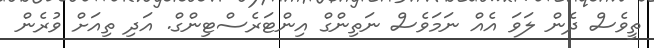
ތީވެސް ދެން ލަވަ އެއް ނަމަވެސް ނަތިންގް އިންޓަރެސްޓިންގް. އަދި ތިއަށް ވުރެން